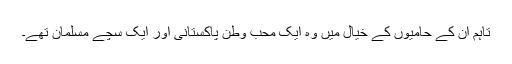
تاہم ان کے حامیوں کے خیال میں وہ ایک محبِ وطن پاکستانی اور ایک سچے مسلمان تھے۔